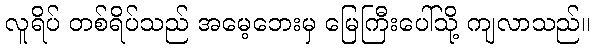
လူရိပ် တစ်ရိပ်သည် အမေ့ဘေးမှ မြေကြီးပေါ်သို့ ကျလာသည်။